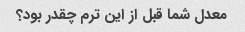
معدل شما قبل از این ترم چقدر بود؟